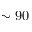
\sim 9 0